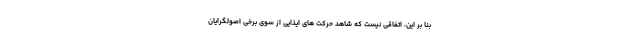
بنا بر این، اتفاقی نیست که شاهد حرکت های ایذایی از سوی برخی اصولگرایان